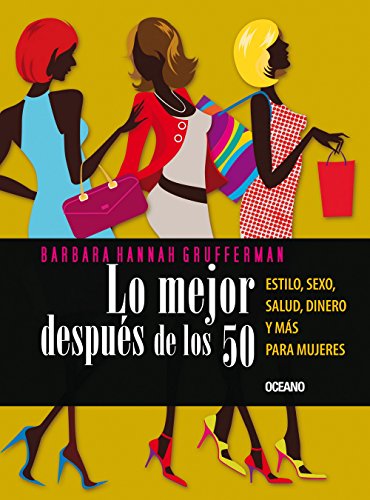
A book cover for Lo mejor despuÃ©s de los 50: Estilo, sexo, salud, dinero y mÃ¡s para mujeres (Spanish Edition); Barbara Hannah Grufferman; Health, Fitness & Dieting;